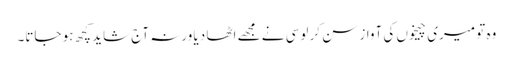
وہ تو میری چیخوں کی آواز سن کر لوسی نے مجھے اٹھا دیا ورنہ آج شاید کچھ ہو جاتا۔